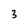
Character: 3